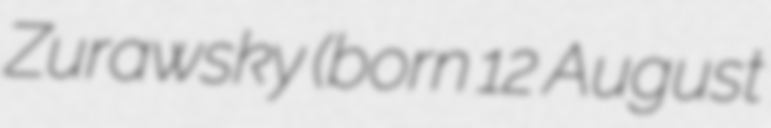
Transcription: Zurawsky (born 12 August